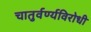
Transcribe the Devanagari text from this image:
चातुर्वर्ण्यविरोधी